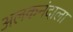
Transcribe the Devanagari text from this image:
अलकनंदाला